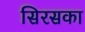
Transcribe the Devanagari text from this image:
सिरसका